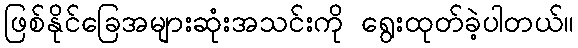
ဖြစ်နိုင်ခြေအများဆုံးအသင်းကို ရွေးထုတ်ခဲ့ပါတယ်။